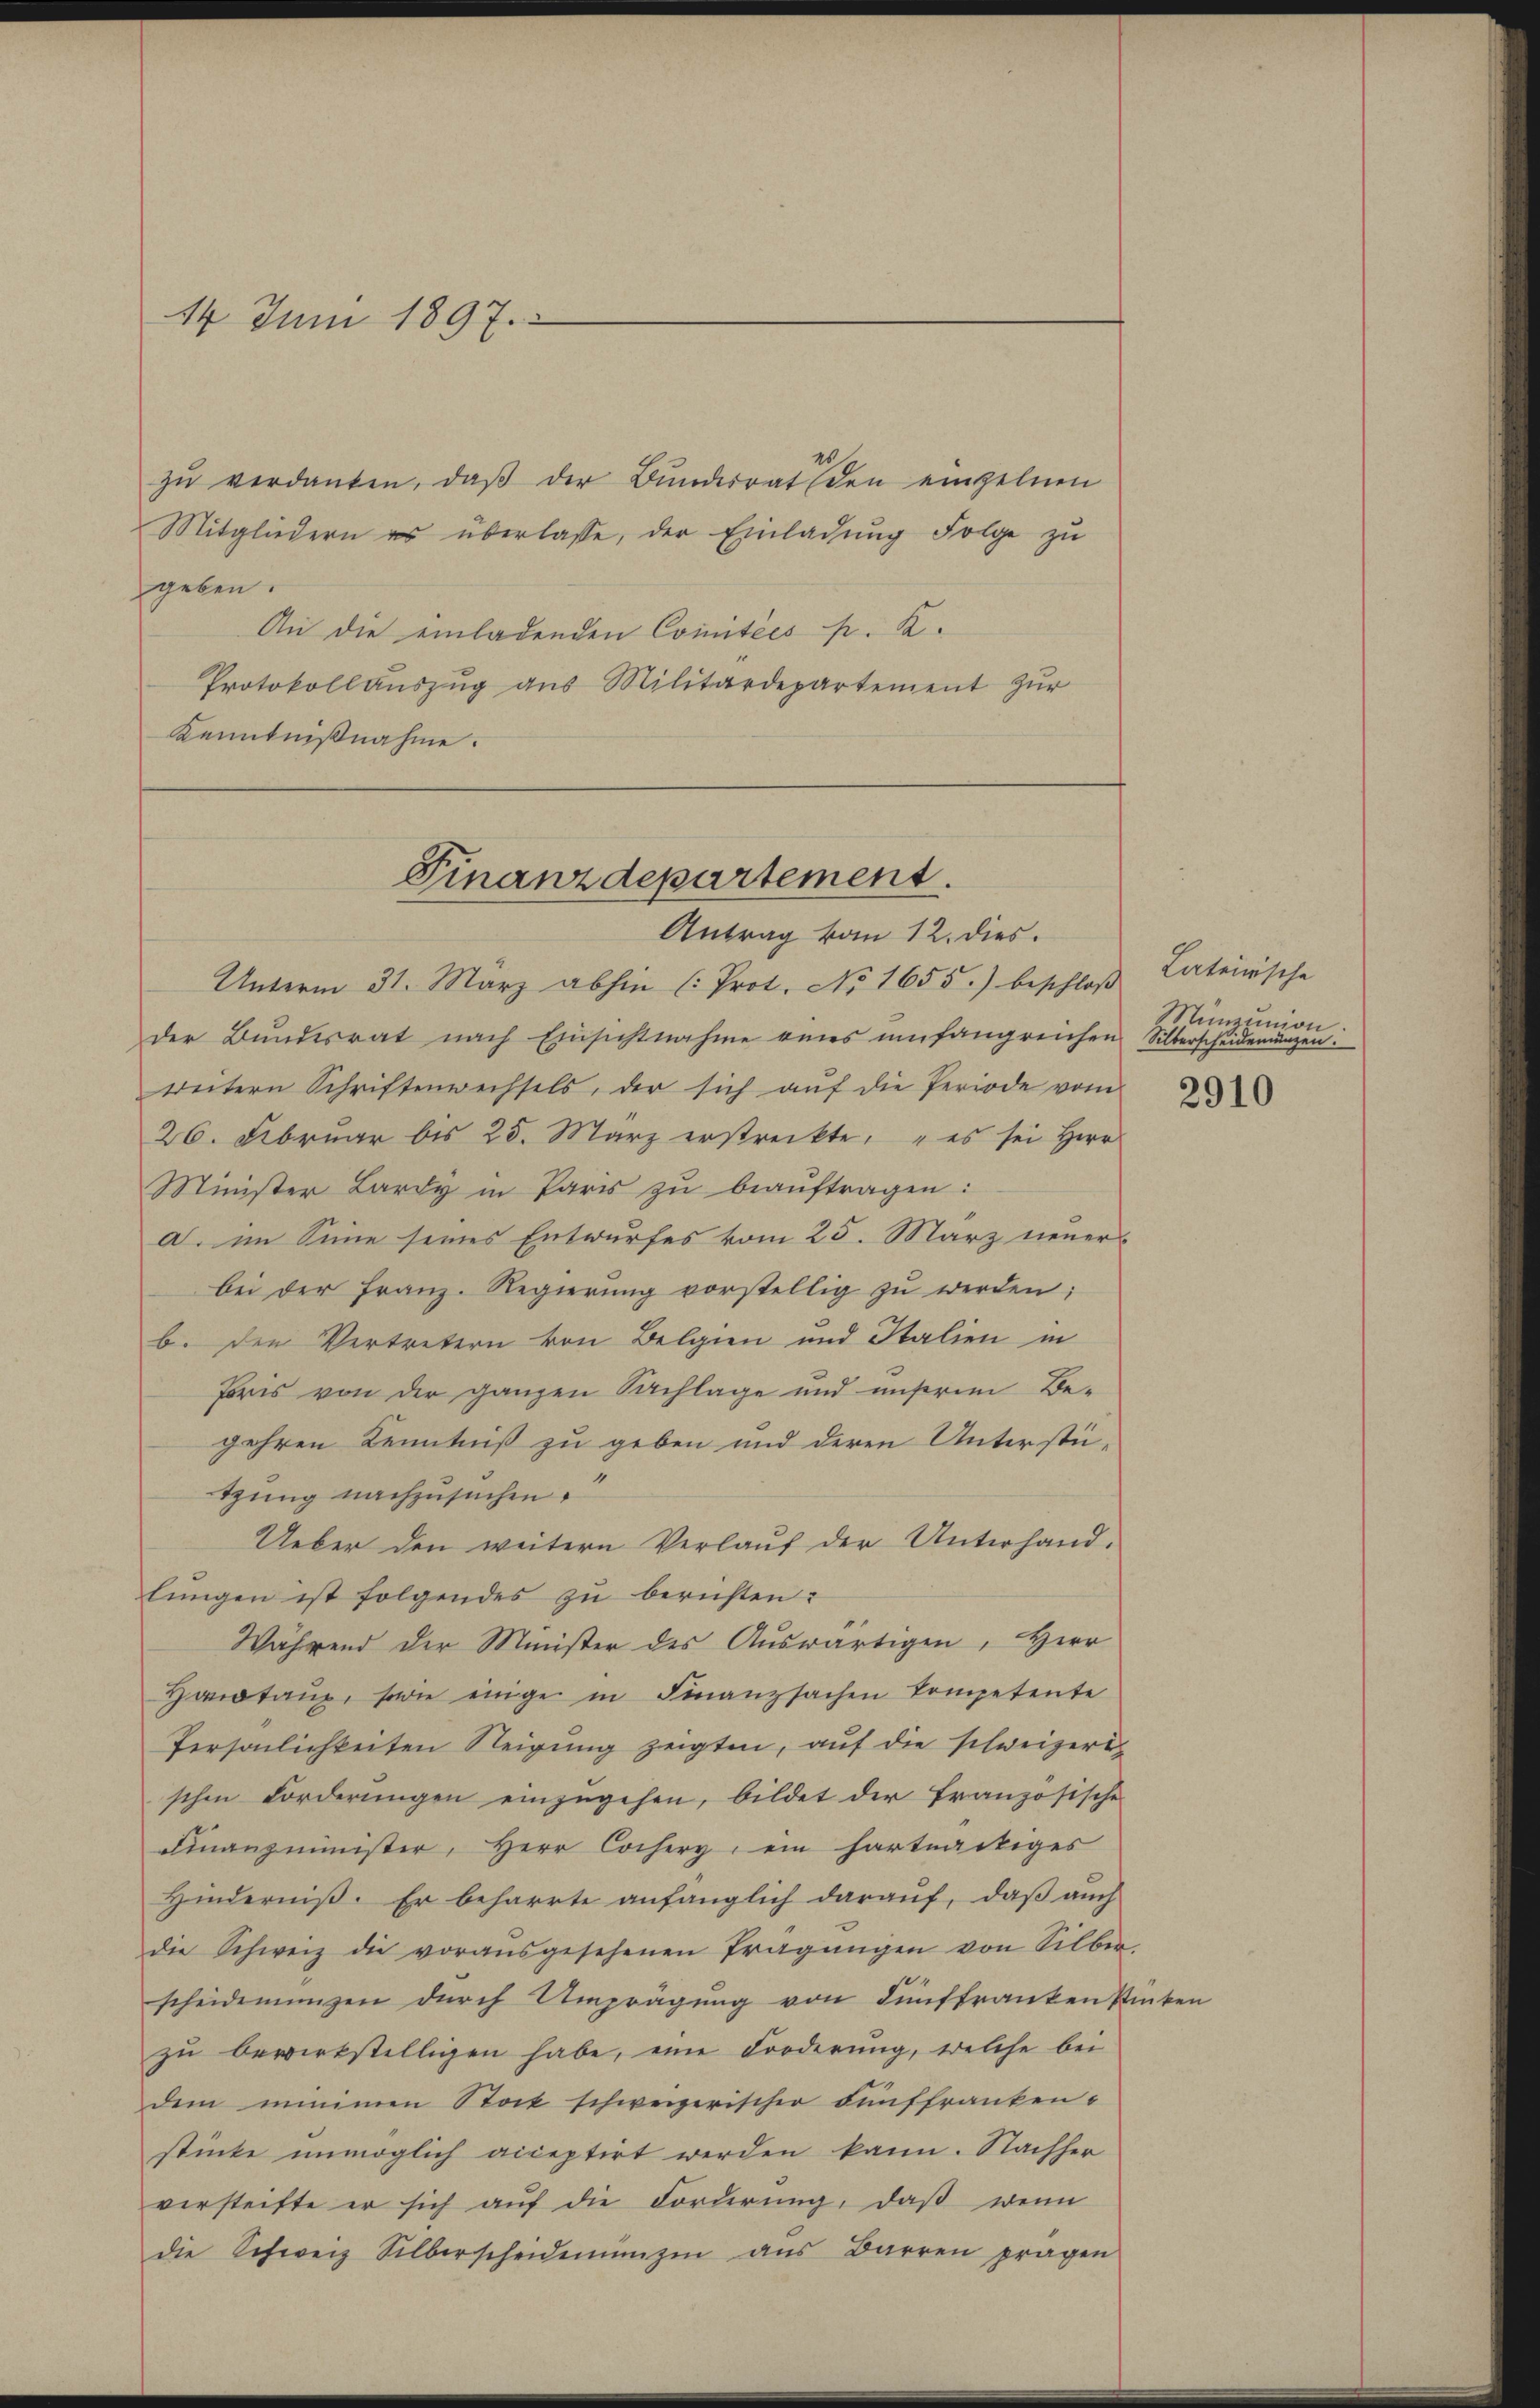
14. Juni 1897.

zŭ verdanken, daβ der Bŭndesrat den einzelnen
Mitgliedern es überlasse, der Einladung Folge zu
geben.
An die einladenden Comitées pr. K.
Protokoll aŭszŭg aŭs Militärdepartement zŭr
Kenntnißnahme.

Finanzdepartement.
Antrag vom 12. dies.

Unterm 31. März abhin (: Prot. No 1655.) beschloß
der Bŭndesrat nach Einsichtnahme eines umfangreichen Silberscheidemünzen:
weitern Schriftenwechsels, der sich aŭf die Periode vom
26. Februar bis 25. März erstreckte, es sei Herr
Minister Lardy in Paris zu beauftragen:
a. im Sinne seines Entwurfes vom 25. März neuers
bei der Franz. Regierung vorstellig zu werden;
b. den Vertretern von Belgien und Salien in
Poris von der ganzen Sachlage und unserem Be-
gehren Kenntniß zu geben und deren Unterstützung nachzusuchen.
Ueber den weitern Verlauf der Unterhandlungen ist folgendes zu berichten:
Während der Minister des Aŭswärtigen, Herr
Hataux, sowie einge in Finanzsachen Competente
Persönlichkeiten Steigung zeigten, auf die schweizeri
schen Forderŭngen einzŭgehen, bildet der französische
Finanzminister, Herr Cochery, ein hartnäckiges
Hinderniß. Er beharrte anfänglich darauf, daß auch
die Schweiz die voraŭsgesehenen Pragŭngen von Silber.
scheidenungen durch Umprägung von Fünffranken Pinten
zu bewirkstelligen habe, eine Forderung, welche bei
dem minimen Stock schweizerischer Fünffrankenstücke unmöglich acceptirt werden kann. Nachher
versteifte er sich auf die Forderung, daß wenn
die Schweiz Silberscheidenzin aus Barren pragen

Lateirische
Münzumon

2910